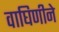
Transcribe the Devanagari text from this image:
वाघिणीने